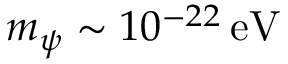
m _ { \psi } \sim 1 0 ^ { - 2 2 } \mathrm { \, e V }